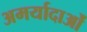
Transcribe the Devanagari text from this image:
अमर्यादाओं